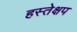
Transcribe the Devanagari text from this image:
हस्तेक्षप